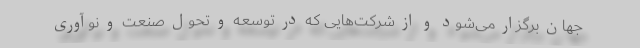
جهان برگزار می‌شود و از شرکت‌هایی که در توسعه و تحول صنعت و نوآوری